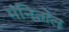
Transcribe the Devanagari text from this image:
मंनितोल